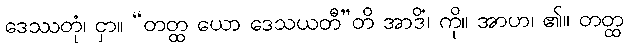
ဒေဿတုံ၊ ငှာ။ “တတ္ထ ယော ဒေသယတီ”တိ အာဒိံ၊ ကို။ အာဟ၊ ၏။ တတ္ထ